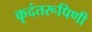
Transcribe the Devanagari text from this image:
कृदंतरूपिणी